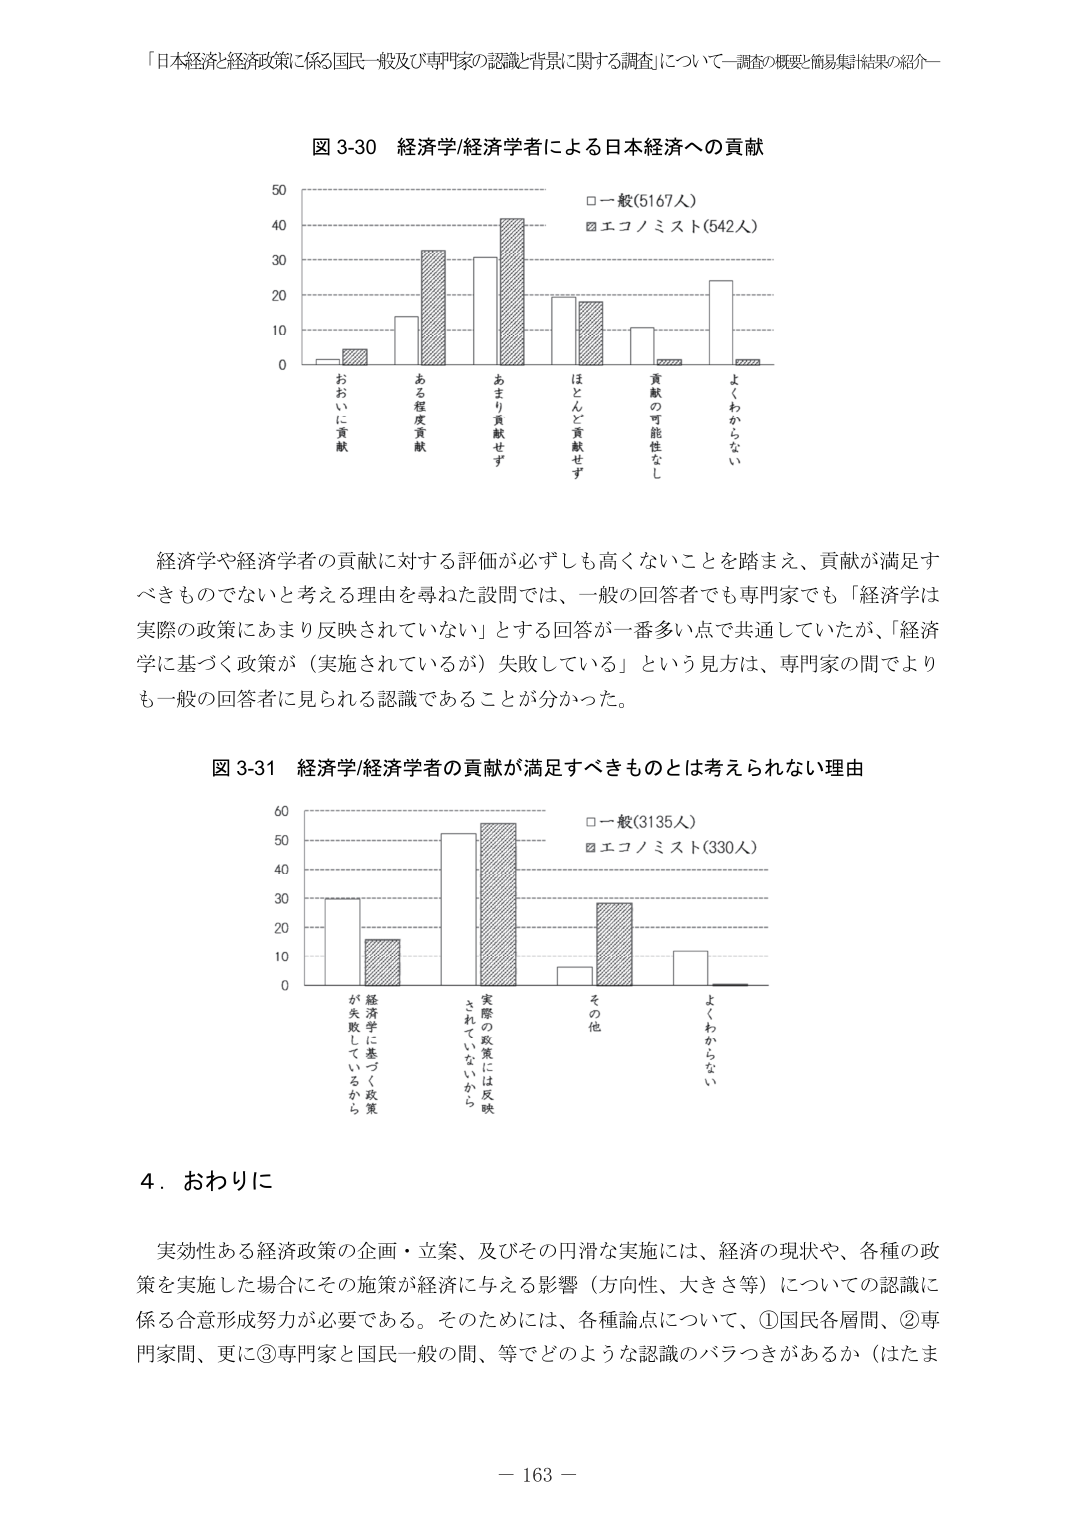
「日本経済と経済政策に係る国民一般及び専門家の認識と背景に関する調査」について－調査の概要と簡易集計結果の紹介－

図 3-30 経済学/経済学者による日本経済への貢献

□ 一般(5167人)
■ エコノミスト(542人)

おおむね貢献
ある程度貢献
あまり貢献せず
ほとんど貢献せず
貢献の可能性なし
よくわからない

経済学や経済学者の貢献に対する評価が必ずしも高くないことを踏まえ、貢献が満足すべきものでないと考える理由を尋ねた設問では、一般の回答者でも専門家でも「経済学は実際の政策にあまり反映されていない」とする回答が一番多い点で共通していたが、「経済学に基づく政策が（実施されているが）失敗している」という見方は、専門家の間でよりも一般の回答者に見られる認識であることが分かった。

図 3-31 経済学/経済学者の貢献が満足すべきものとは考えられない理由

□ 一般(3135人)
■ エコノミスト(330人)

経済学に基づく政策が失敗しているから
実際の政策には反映されていないから
その他
よくわからない

4．おわりに

実効性ある経済政策の企画・立案、及びその円滑な実施には、経済の現状や、各種の政策を実施した場合にその施策が経済に与える影響（方向性、大きさ等）についての認識に係る合意形成努力が必要である。そのためには、各種論点について、①国民各層間、②専門家間、更に③専門家と国民一般の間、等でどのような認識のバラつきがあるか（はたま

－ 163 －